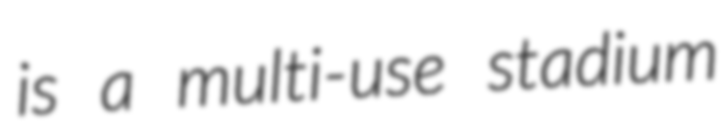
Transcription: is a multi-use stadium